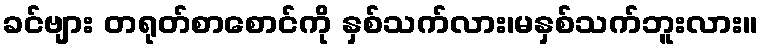
ခင်ဗျား တရုတ်စာစောင်ကို နှစ်သက်လား၊မနှစ်သက်ဘူးလား။